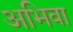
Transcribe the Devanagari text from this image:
अभिवा